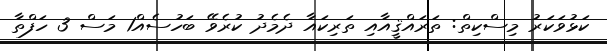
ކަޅުވަކަރު މިސްކިތް: ތަރައްޤީއާއި ތަރިކައާ ދެމެދު ކުރެވޭ ބަހުސެއް1 މަސް 3 ހަފްތާ